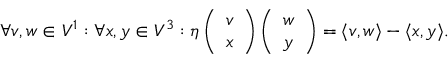
\forall v , w \in V ^ { 1 } : \forall x , y \in V ^ { 3 } : \eta \left( \begin{array} { l } { v } \\ { x } \end{array} \right) \left( \begin{array} { l } { w } \\ { y } \end{array} \right) = \langle v , w \rangle - \langle x , y \rangle .